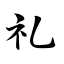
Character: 礼